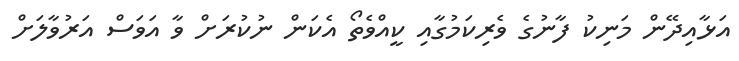
އަޅާއިދޭން މަނިކު ފާނުގެ ވެރިކަމުގާއި ކީއްވެތޯ އެކަން ނުކުރަށް ވާ އަވަސް އަރުވާލަށް